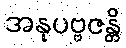
အနုပဗ္ဗဇန္တိ